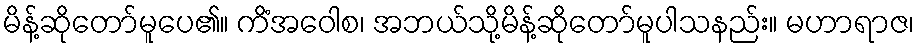
မိန့်ဆိုတော်မူပေ၏။ ကိံအဝေါစ၊ အဘယ်သို့မိန့်ဆိုတော်မူပါသနည်း။ မဟာရာဇ၊